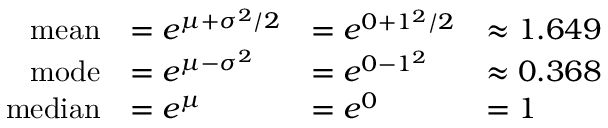
{ \begin{array} { r l l l } { { \mathrm { m e a n } } } & { = e ^ { \mu + \sigma ^ { 2 } / 2 } } & { = e ^ { 0 + 1 ^ { 2 } / 2 } } & { \approx 1 . 6 4 9 } \\ { { \mathrm { m o d e } } } & { = e ^ { \mu - \sigma ^ { 2 } } } & { = e ^ { 0 - 1 ^ { 2 } } } & { \approx 0 . 3 6 8 } \\ { { \mathrm { m e d i a n } } } & { = e ^ { \mu } } & { = e ^ { 0 } } & { = 1 } \end{array} }